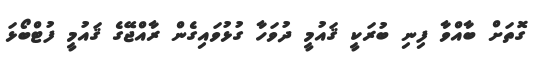
ގޮތަށް ބާއްވާ ފިނި ބުރަކީ ޤައުމީ ދުވަހާ ގުޅުވައިގެން ރާއްޖޭގެ ޤައުމީ ފުޓްބޯޅަ